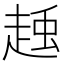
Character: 𧻽